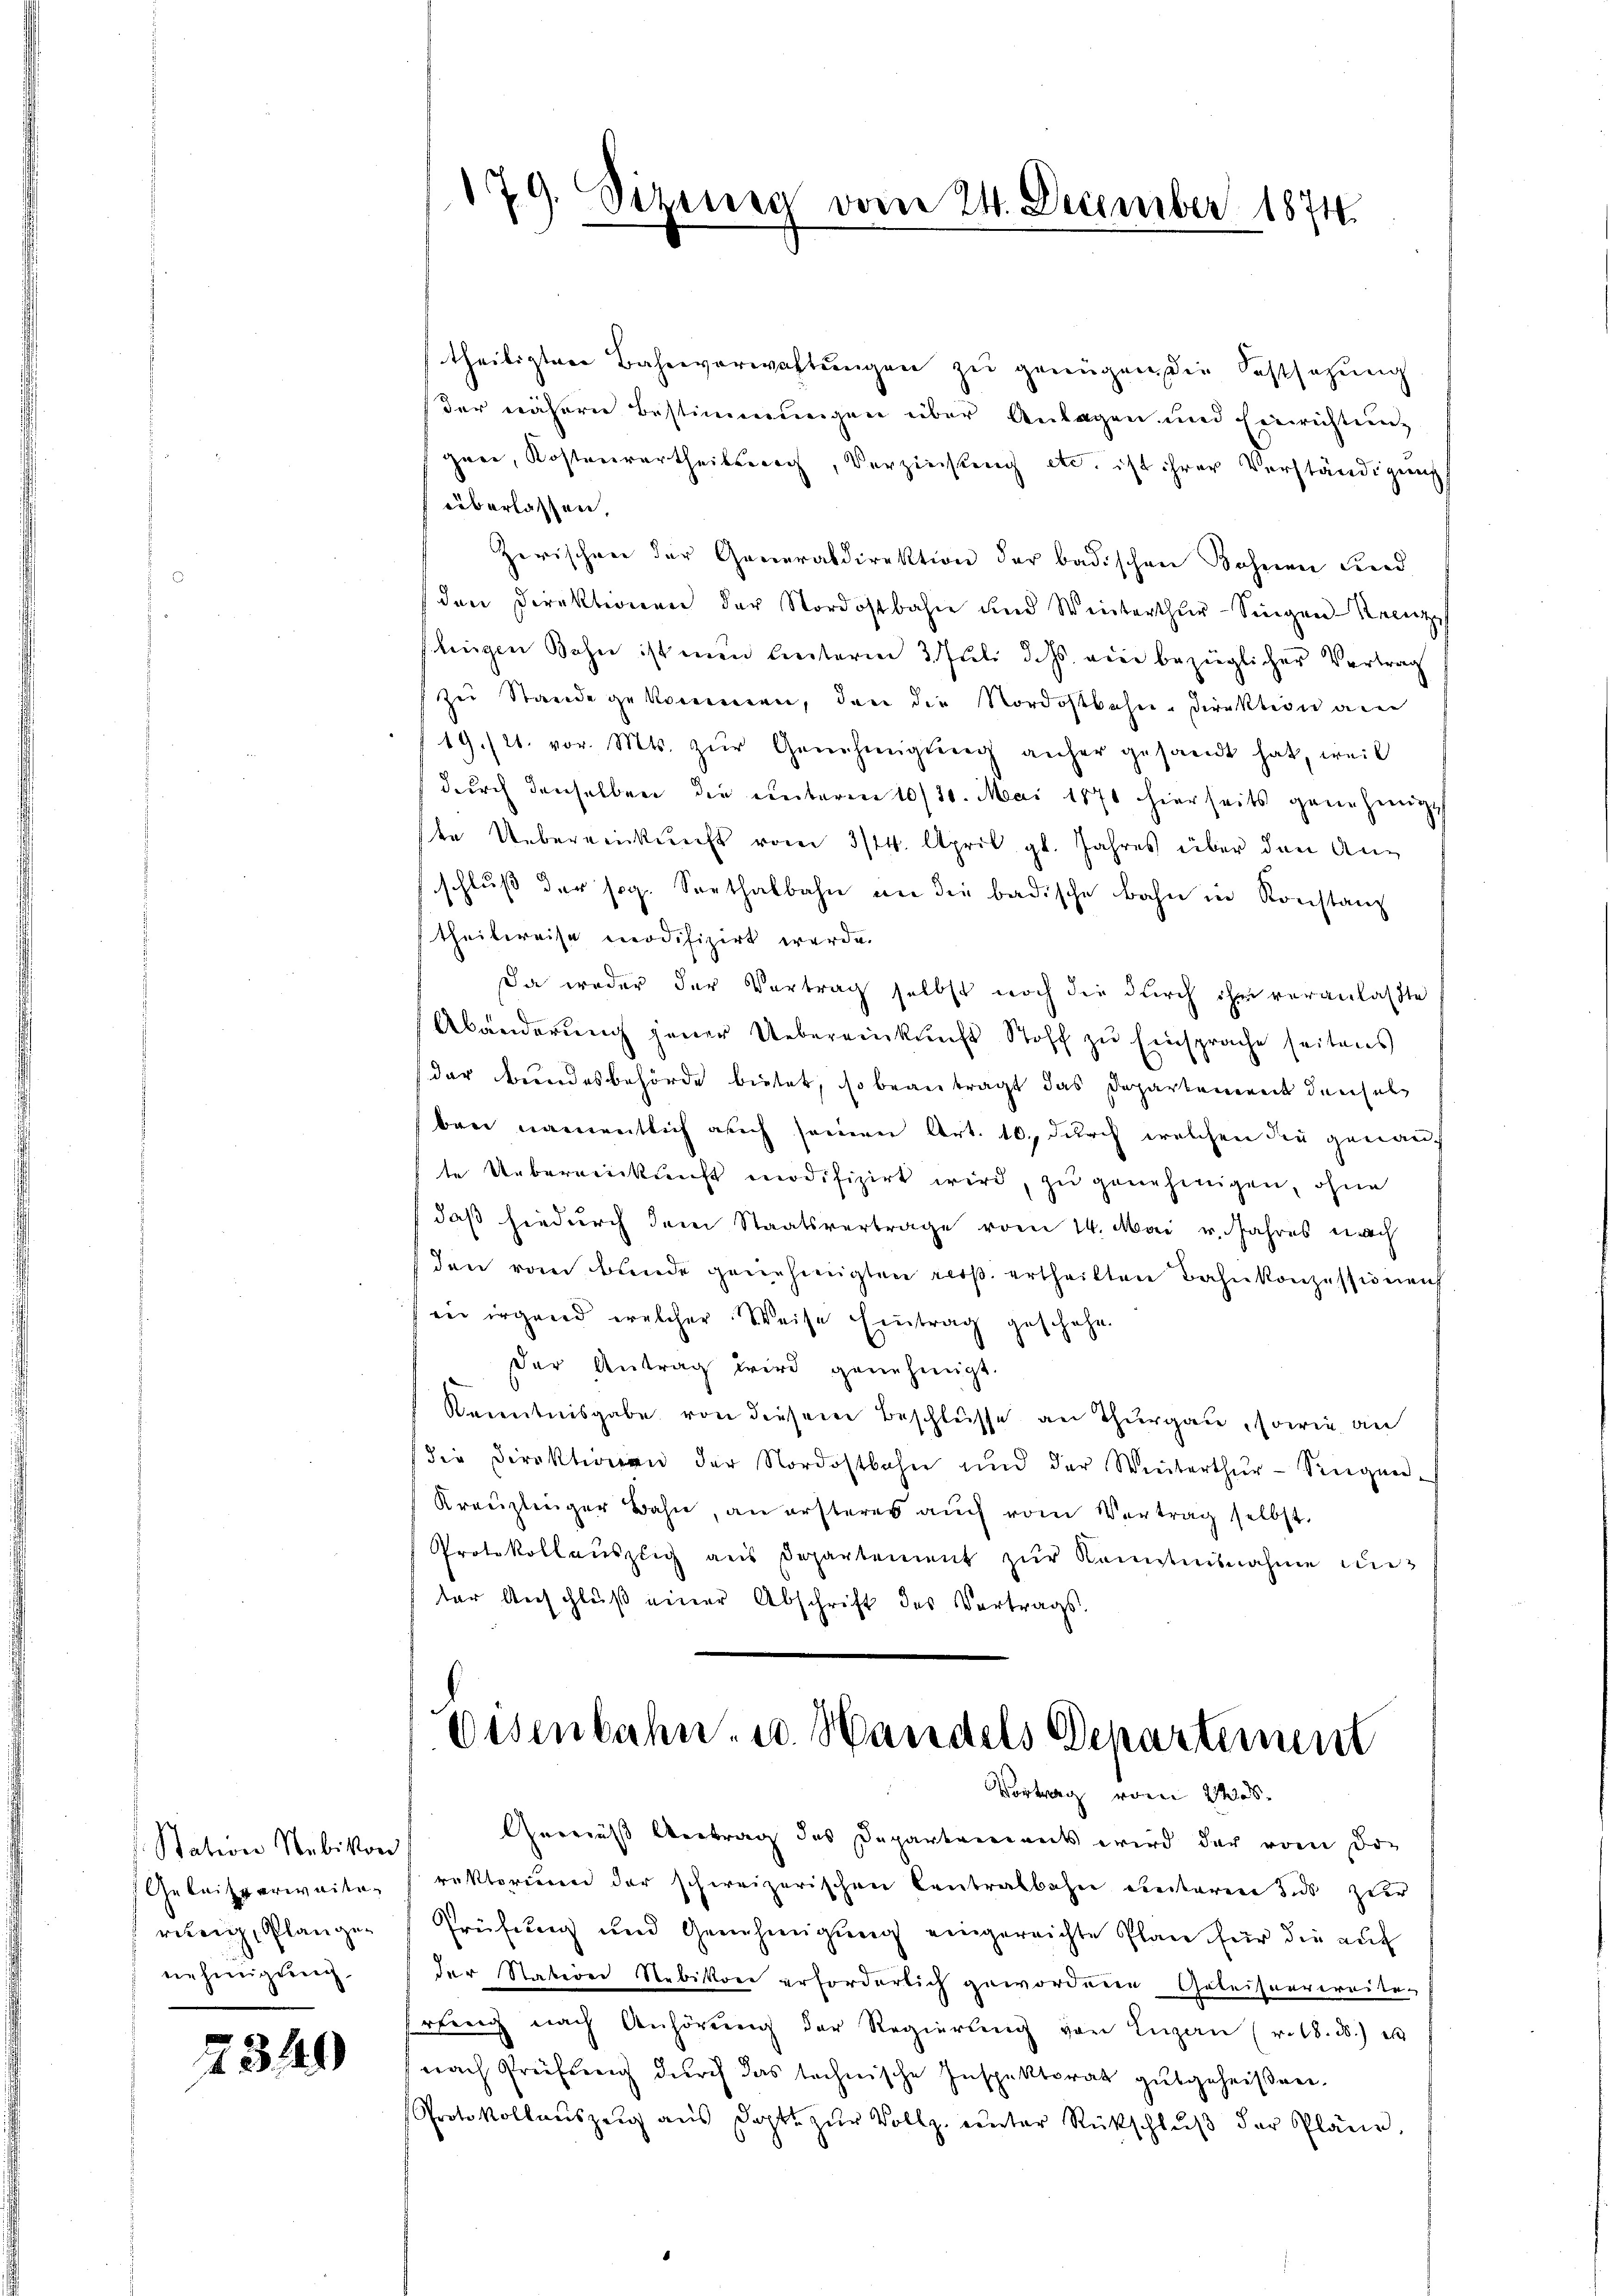
Station Nebikon
Gebaisverweite
riteig, Plangen
nehmigung

2340

theiligten Bahnverwaltungen zu genügen, die ostsazung
der näherer Bestimmungen über Anlagen und Einrichtung
gane, Kostenvertheilsrech, Verzinsung etc. ist ihrer Verständigung
überlassen,
Zerischen der Generaldirektion der badischen Bohnen und
den Direktionen der Nordostbahn und Winterthur–Singen-Krenz
shingen Bahne ist man leiterm 3. Juli d. Js. eine bezüglicher Vertrag
zu Stande gekommen, den die Nordostbahn-Direktion an
19./21. vor. Mts. zŭr Genehmigŭng anher gesandt hat, weil
durch denselben die unterm 10/10. Mai 1871 hierseits genehmigt
te Uebereinkunft vom 3/14. April gl. Jahres über den Anschluß der sog. Seethalbahn an die badische Bahn in Konstanz
theilweise modifizirt werde.
Da weder der Vertrag selbst noch die durch ihm veranlaßte
Abänderung jener Uebereinkunft Stoff zu Einsprache seitens
der Bundesbehörde bietet, so beantragt das Departement densel
ben namentlich auch seinen Art. 10. durch welchen die genaute Ueberneinkunft modifizirt wird, zu genehmigen, ohne
daβ hiedurch dem Staatsvertrage vom 14. Mai v. Jahres nach
den von Bunde genehmigten resp. ertheilten Bahnkonzessionen
eer irgend welcher Weise Eintrag geschehen
der Antrag wird genehmigt.
Kenntnisgabe von diesem Beschlüsse an Thurgau, sowie an
die Direktionen der Nordostbahn und der Winterthŭr-Seegen-
Kreŭzlenger Bahn, an ersteres aŭch vom Vertrag selbst.
Protokollauszug aus Departement zŭr Kenntnisnahme un
ter Anschluß einer Abschrift des Vertrags¬

70
Sitzung vom 24. December 1874.

Oisenbahn, u. Handels Departement
Vortrag vom 24s.

Geraus Vertrag des Departements wird der vom Dor
rektorium der schweizerischen Centralbahn ereiteren und Zete
Prüfung und Genehmigung eingereichte Plan für die auf
der Nation Stebikon erforderlich gewordene Geleisenvereiten
srang nach Anhörung der Regierung von Luzern (v. 18. d.) es
(nach Preifung durch das technische Inspektorat gutgeheißen.
Protokollauszeig aŭs Dopte zŭr Vollz. ŭnter Rückschlŭβ der Pläne,